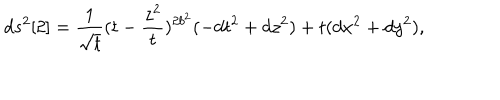
LaTeX: d s ^ { 2 } [ 2 ] = \frac { 1 } { { \sqrt t } } ( t - \frac { z ^ { 2 } } { t } ) ^ { 2 b ^ { 2 } } ( - d t ^ { 2 } + d z ^ { 2 } ) + t ( d x ^ { 2 } + d y ^ { 2 } ) ,